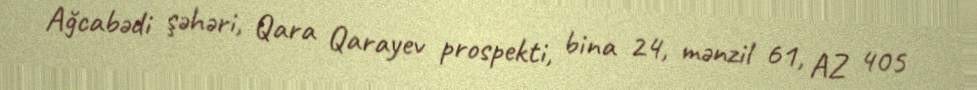
Ağcabədi şəhəri, Qara Qarayev prospekti, bina 24, mənzil 61, AZ 405